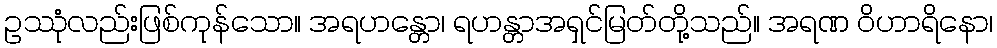
ဥဿုံလည်းဖြစ်ကုန်သော။ အရဟန္တော၊ ရဟန္တာအရှင်မြတ်တို့သည်။ အရဏ ဝိဟာရိနော၊